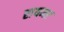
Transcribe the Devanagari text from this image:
रायमर